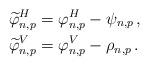
LaTeX: \begin{align*} \widetilde{\varphi}^{H}_{n,p} &= \varphi^{H}_{n,p} - \psi_{n,p}\,, \\ \widetilde{\varphi}^{V}_{n,p} &= \varphi^{V}_{n,p} - \rho_{n,p}\,.\end{align*}